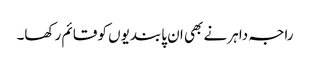
راجہ داہر نے بھی ان پابندیوں کو قائم رکھا۔